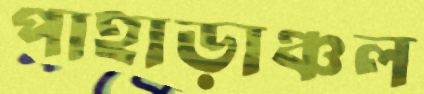
পাহাড়াঞ্চল